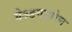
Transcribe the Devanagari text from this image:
येऽङगद्वारेण